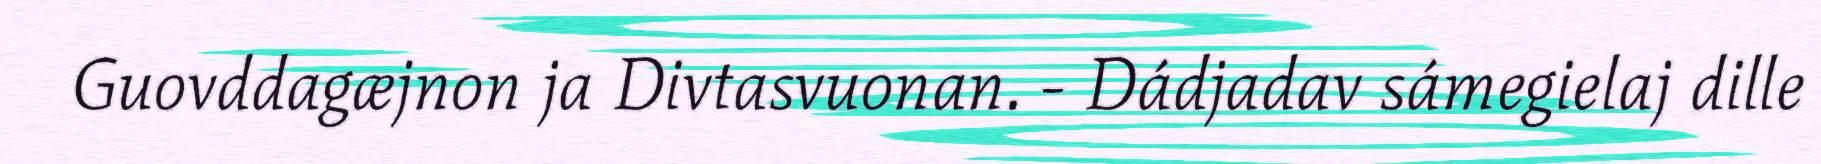
Guovddagæjnon ja Divtasvuonan. - Dádjadav sámegielaj dille